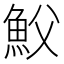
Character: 𩵹